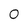
Character: 0